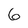
Character: 6